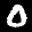
Label: 0